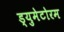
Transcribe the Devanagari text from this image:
ड्युमेटोरम